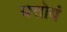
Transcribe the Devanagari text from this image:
यत्तोयं